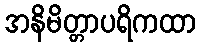
အနိမိတ္တာပရိကထာ